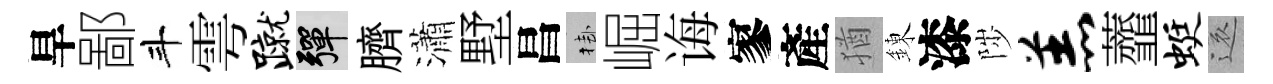
旱鄙斗雩蹴彈臍瀟墅昌挂崛诲寥產猶錬漆陟羔虀蜓還